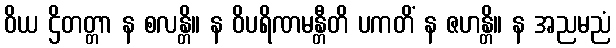
ဝိယ ဌိတတ္တာ န စလန္တိ။ န ဝိပရိဏမန္တီတိ ပကတိံ န ဇဟန္တိ။ န အညမညံ